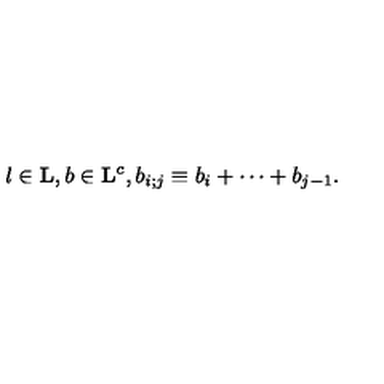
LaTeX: l \in { \bf L } , b \in { \bf L } ^ { c } , b _ { i ; j } \equiv b _ { i } + \cdots + b _ { j - 1 } .